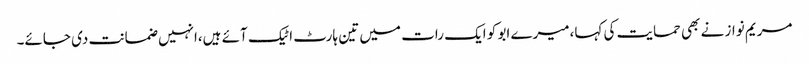
مریم نواز نے بھی حمایت کی کہا،میرے ابو کو ایک رات میں تین ہارٹ اٹیک آئے ہیں،انہیں ضمانت دی جائے۔